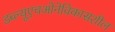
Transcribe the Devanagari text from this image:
डब्‍ल्‍यूएचओनेविकासशील